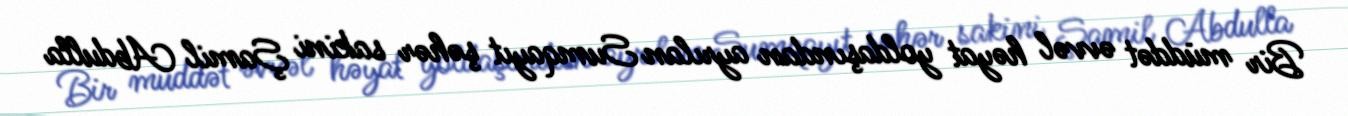
Bir müddət əvvəl həyat yoldaşından ayrılan Sumqayıt şəhər sakini Şamil Abdulla